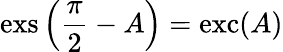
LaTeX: \operatorname{exs}\left({\frac{\pi}{2}}-A\right)=\operatorname{exc}(A)